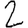
Digit: 2